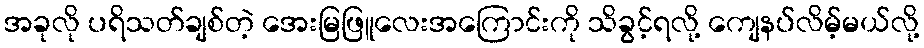
အခုလို ပရိသတ်ချစ်တဲ့ အေးမြဖြူလေးအကြောင်းကို သိခွင့်ရလို့ ကျေနပ်လိမ့်မယ်လို့